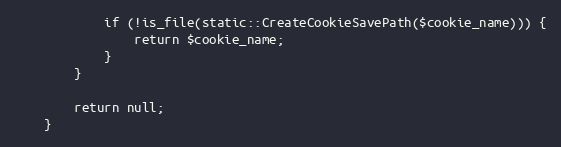
Language: PHP
			if (!is_file(static::CreateCookieSavePath($cookie_name))) {
				return $cookie_name;
			}
		}

		return null;
	}